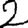
Digit: 2